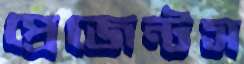
প্রেজেন্টস